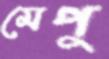
মেপু